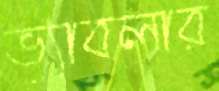
ভ্যাবলার